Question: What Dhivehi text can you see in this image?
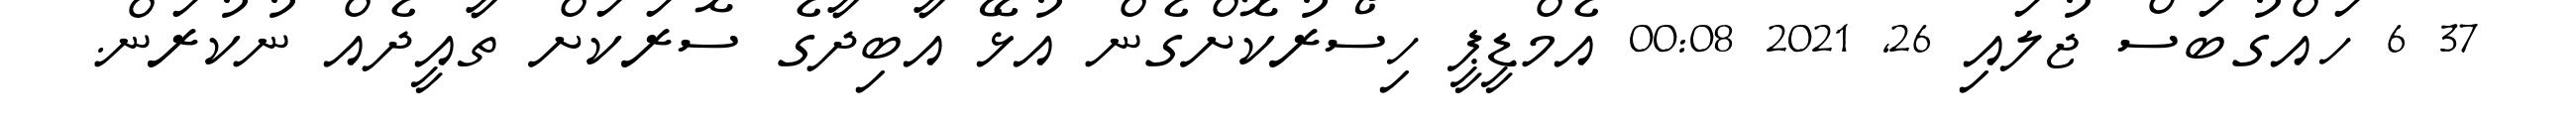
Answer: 37 6 ހައްގުބަސް ޖުލައި 26, 2021 00:08 އެމްޑީޕީ ހިސޯރުކޮށްގެން އުޅޭ އާބިދާގެ ސޮރަކަށް ތާއީދެއް ނުކުރަން.